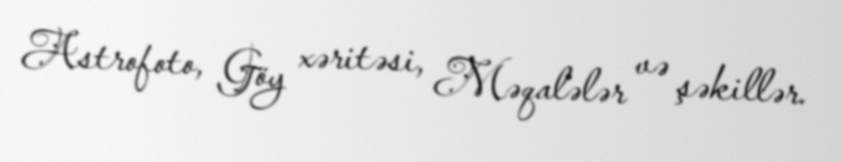
Astrofoto, Göy xəritəsi, Məqalələr və şəkillər.